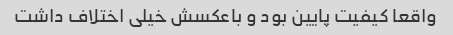
واقعا کیفیت پایین بود و باعکسش خیلی اختلاف داشت